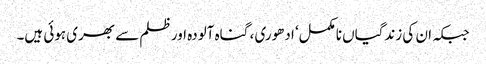
جبکہ ان کی زندگیاں نامکمل‘ ادھوری ، گناہ آلودہ اور ظلم سے بھری ہوئی ہیں۔